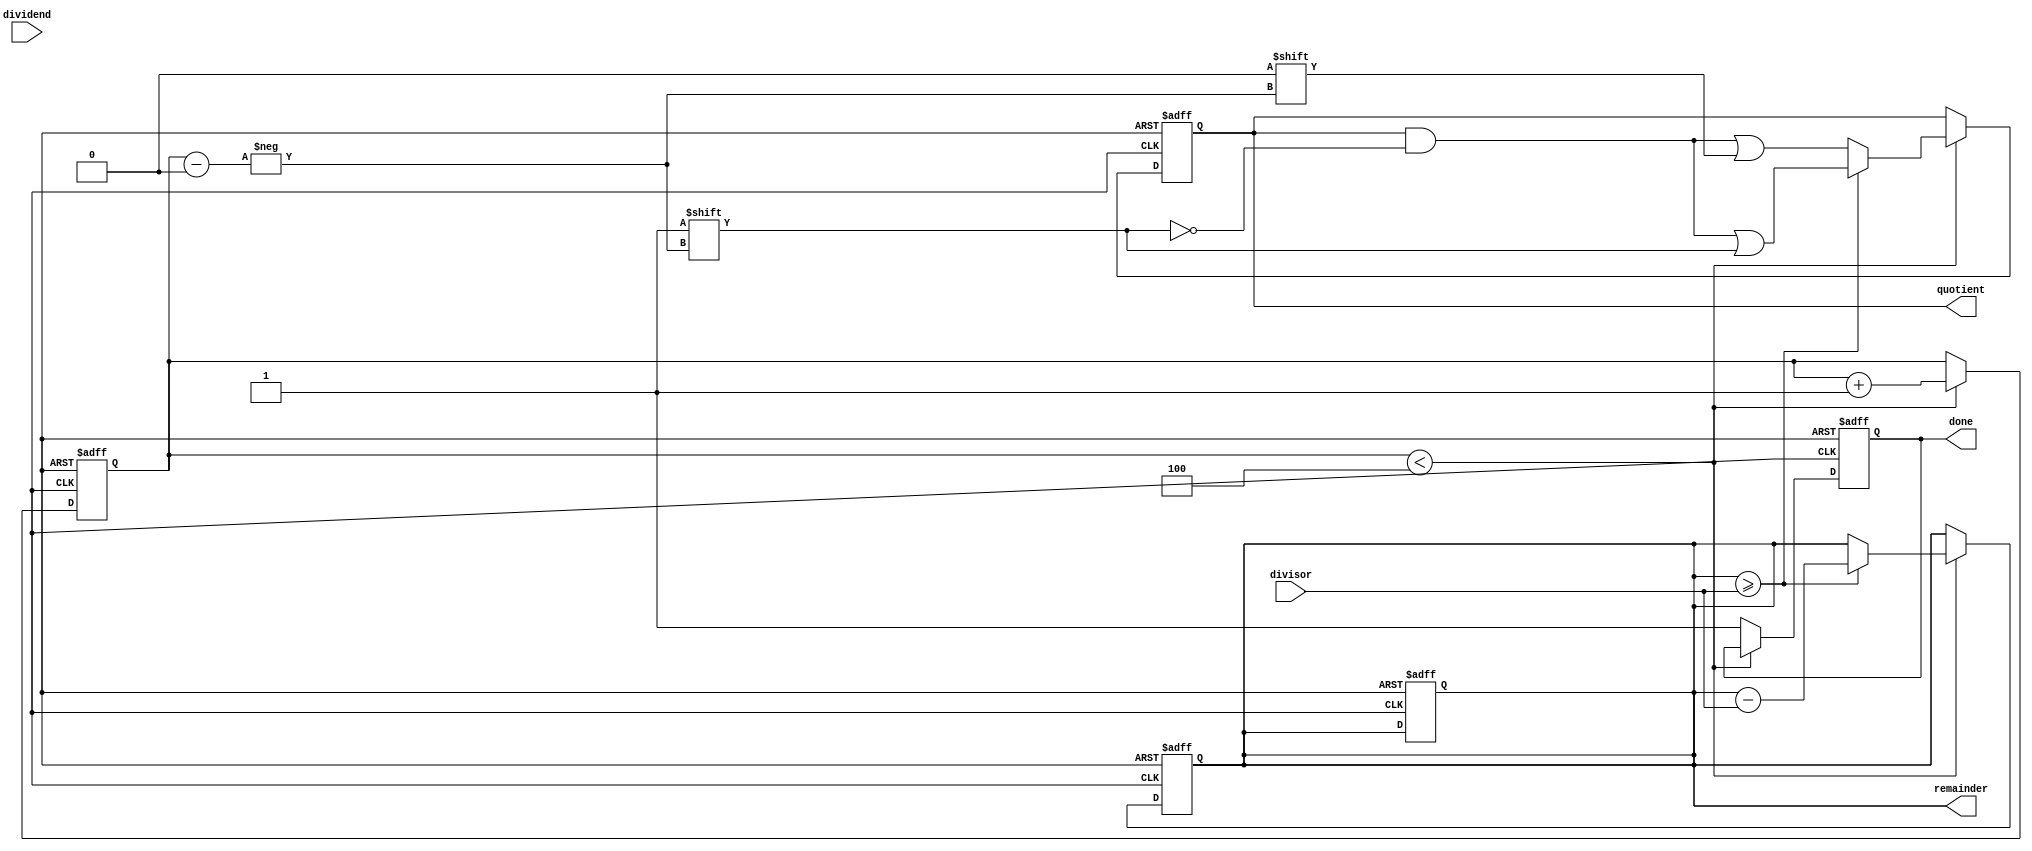
module Radix2SRTDivider (
    input wire [7:0] dividend,
    input wire [7:0] divisor,
    output reg [7:0] quotient,
    output reg [7:0] remainder,
    output reg done
);

reg [7:0] partial_remainder;
reg [2:0] count;
reg signed [15:0] error;

always @ (posedge clk or posedge rst)
begin
    if (rst)
    begin
        partial_remainder <= 8'b0;
        quotient <= 8'b0;
        remainder <= 8'b0;
        count <= 3'b0;
        done <= 1'b0;
        error <= 16'b0;
    end
    else if (count < 3'b100)
    begin
        if (partial_remainder >= divisor)
        begin
            partial_remainder <= partial_remainder - divisor;
            quotient[count] <= 1'b1;
        end
        else
        begin
            quotient[count] <= 1'b0;
        end
        count <= count + 1;
    end
    else
    begin
        done <= 1'b1;
    end
end

assign remainder = partial_remainder;

endmodule